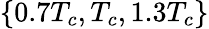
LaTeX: \{ 0.7T_{c},T_{c},1.3T_{c}\}